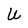
Character: U